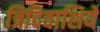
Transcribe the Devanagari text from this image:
त्रिदिवाशिये